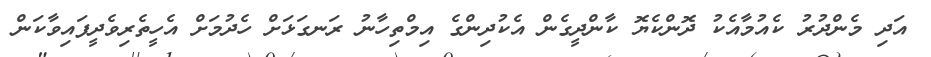
އަދި މެންދުރު ކެއުމާއެކު ދޮންކެޔޮ ކާންދީގެން އެކުދިންގެ އިމްތިހާނު ރަނގަޅަށް ހެދުމަށް އެހީތެރިވެދީފައިވާކަން